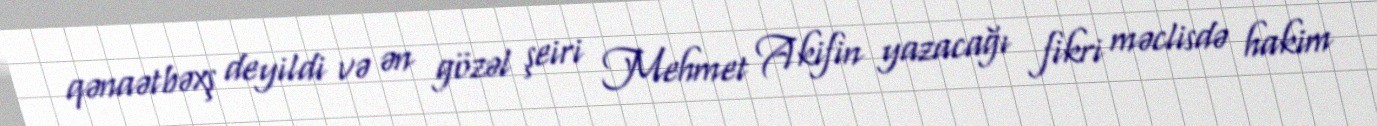
qənaətbəxş deyildi və ən gözəl şeiri Mehmet Akifin yazacağı fikri məclisdə hakim